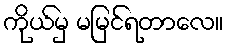
ကိုယ်မှ မမြင်ရတာလေ။